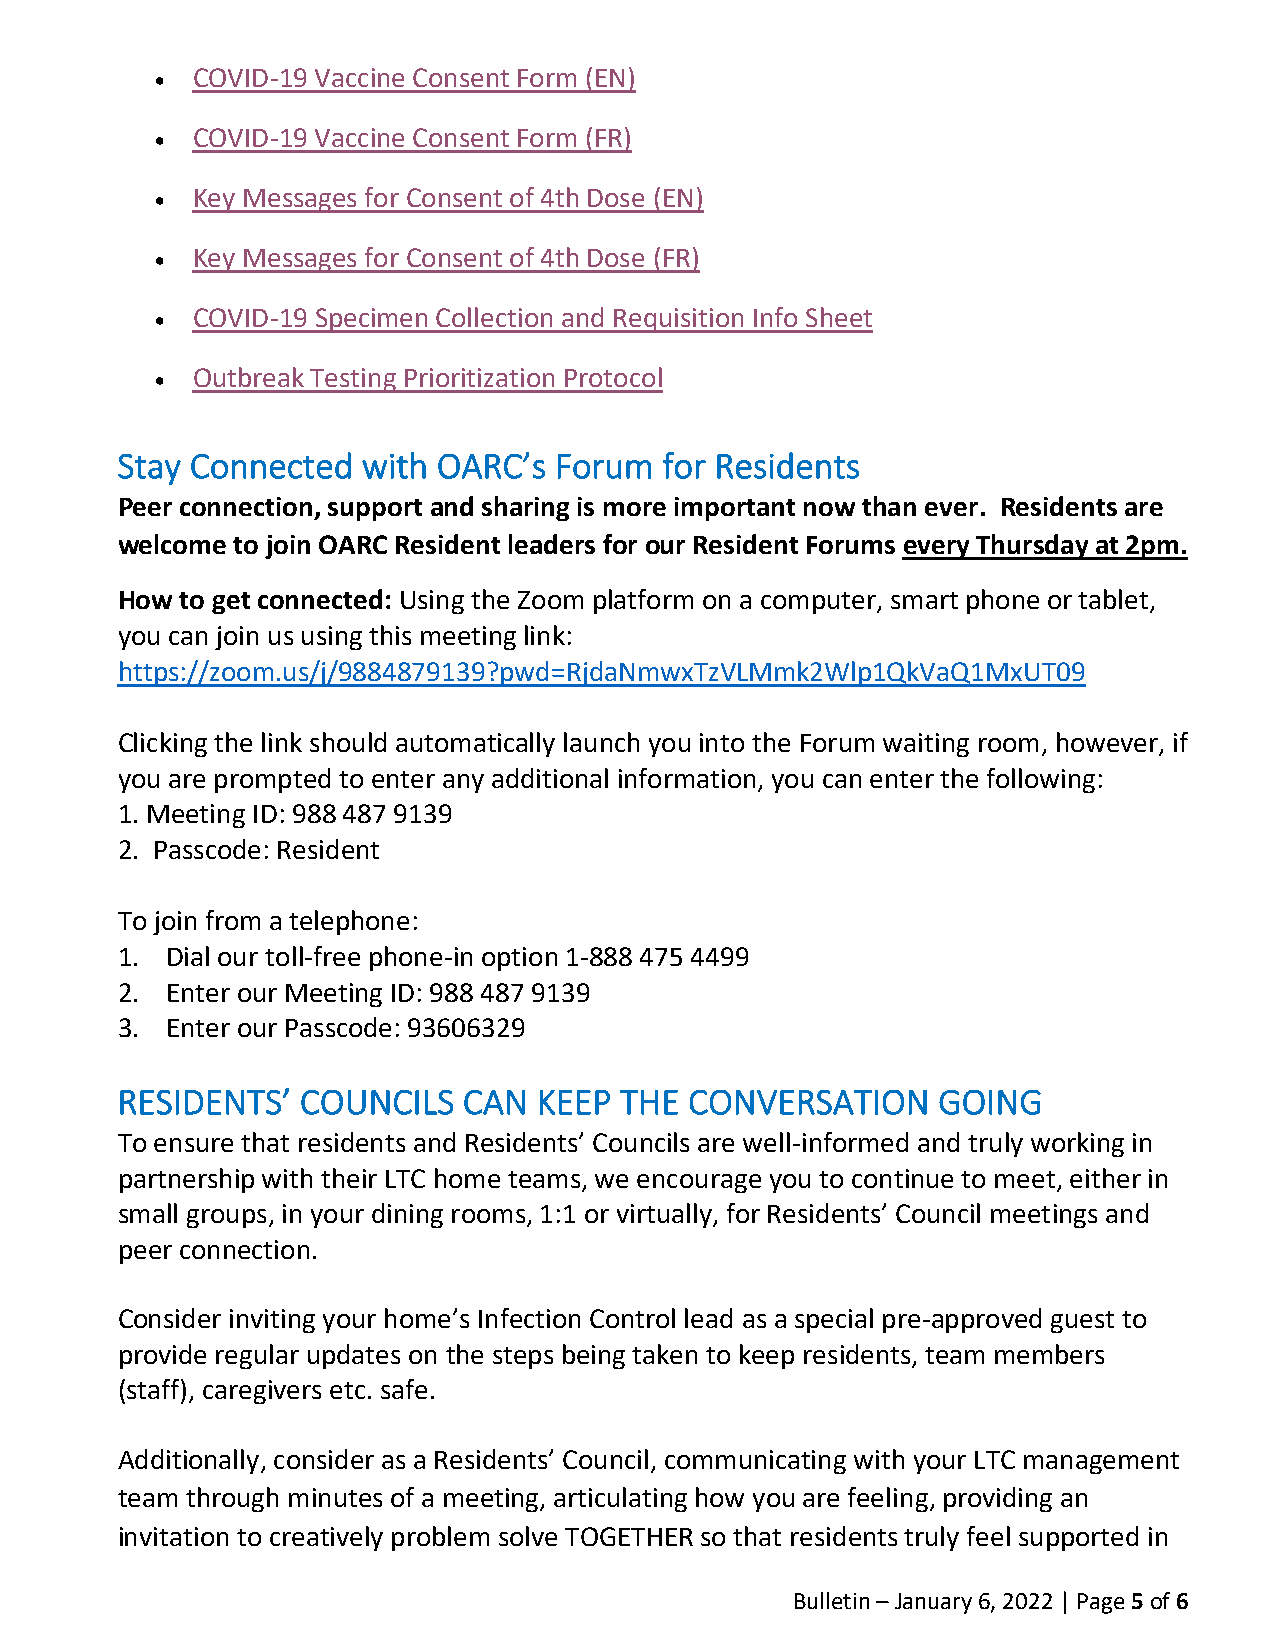
•  COVID-19 Vaccine Consent Form (EN)
 •  COVID-19 Vaccine Consent Form (FR)
 •  Key Messages for Consent of 4th Dose (EN)
 •  Key Messages for Consent of 4th Dose (FR)
 •  COVID-19 Specimen Collection and Requisition Info Sheet
 •  Outbreak Testing Prioritization Protocol
 Stay Connected  with OARC’s  Forum  for Residents
 Peer connection, support and sharing is more important now than ever. Residents are
 welcome to join OARC Resident leaders for our Resident Forums every Thursday at 2pm.
 How to get connected: Using the Zoom platform on a computer, smart phone or tablet,
 you can join us using this meeting link:
 https://zoom.us/j/9884879139?pwd=RjdaNmwxTzVLMmk2Wlp1QkVaQ1MxUT09
 Clicking the link should automatically launch you into the Forum waiting room, however, if
 you are prompted to enter any additional information, you can enter the following:
 1. Meeting ID: 988 487 9139
 2. Passcode: Resident
 To join from a telephone:
 1. Dial our toll-free phone-in option 1-888 475 4499
 2. Enter our Meeting ID: 988 487 9139
 3. Enter our Passcode: 93606329
 RESIDENTS’  COUNCILS   CAN  KEEP THE  CONVERSATION    GOING
 To ensure that residents and Residents’ Councils are well-informed and truly working in
 partnership with their LTC home teams, we encourage you to continue to meet, either in
 small groups, in your dining rooms, 1:1 or virtually, for Residents’ Council meetings and
 peer connection.
 Consider inviting your home’s Infection Control lead as a special pre-approved guest to
 provide regular updates on the steps being taken to keep residents, team members
 (staff), caregivers etc. safe.
 Additionally, consider as a Residents’ Council, communicating with your LTC management
 team through minutes of a meeting, articulating how you are feeling, providing an
 invitation to creatively problem solve TOGETHER so that residents truly feel supported in
 Bulletin – January 6, 2022 | Page 5 of 6